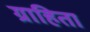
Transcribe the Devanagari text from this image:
ग्राहिता